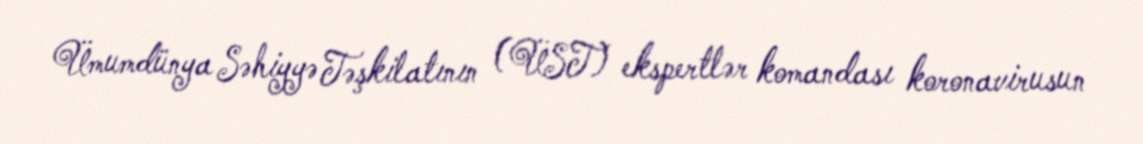
Ümumdünya Səhiyyə Təşkilatının (ÜST) ekspertlər komandası koronavirusun